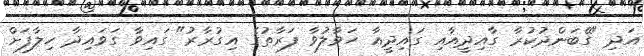
އަދި "ގޭބަންދުކުރާ ގާއިދީއާއި ގައިދީއާ ހަވާލުވާ ފަރާތުގެ އިގުރާރު" ގައިވާ ގަވައިދާ ހިލާފަށް